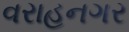
વરાહનગર